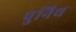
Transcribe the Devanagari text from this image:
पुनिथ